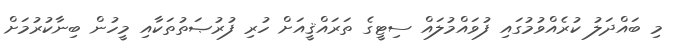
މި ބައްދަލު ކުރެއްވުމުގައި ފުވައްމުލައް ސިޓީގެ ތަރައްޤީއަށް ހުރި ފުރުޞަތުތަކާއި މީހުން ބިނާކުރުމަށް